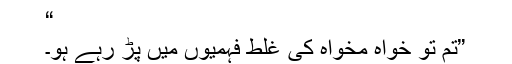
“
”تم تو خواہ مخواہ کی غلط فہمیوں میں پڑ رہے ہو۔